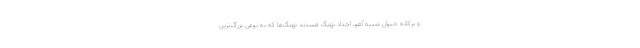
و برکاته حیوان شبیه آهو، اجداد نهنگ هستند نهنگ‌ها که به نوعی بزرگ‌ترین